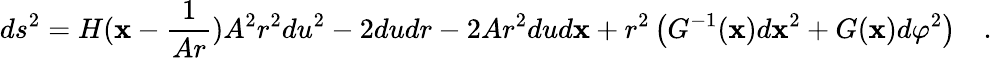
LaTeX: ds^{2}=H(\mathbf{x}-\frac{{1}}{{Ar}})A^{2}r^{2}du^{2}-2dudr-2Ar^{2}dud\mathbf{x}+r^{2}\left(G^{-1}(\mathbf{x})d\mathbf{x}^{2}+G(\mathbf{x})d\varphi^{2}\right)\quad.